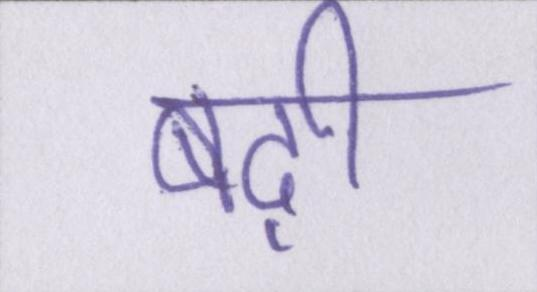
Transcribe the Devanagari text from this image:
बढ़ी